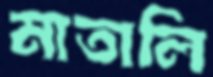
মাতালি